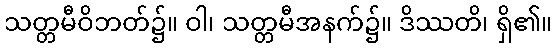
သတ္တမီဝိဘတ်၌။ ဝါ၊ သတ္တမီအနက်၌။ ဒိဿတိ၊ ရှိ၏။